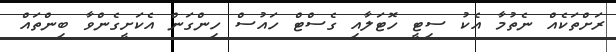
ރަށްތަކެއް ނެތުމާ އެކު ސިޓީ ހޮޓަލާއި ގެސްޓް ހައުސް ހިންގަން އެކަށީގެންވާ ބިންތައް